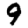
Digit: 9